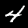
Label: 4